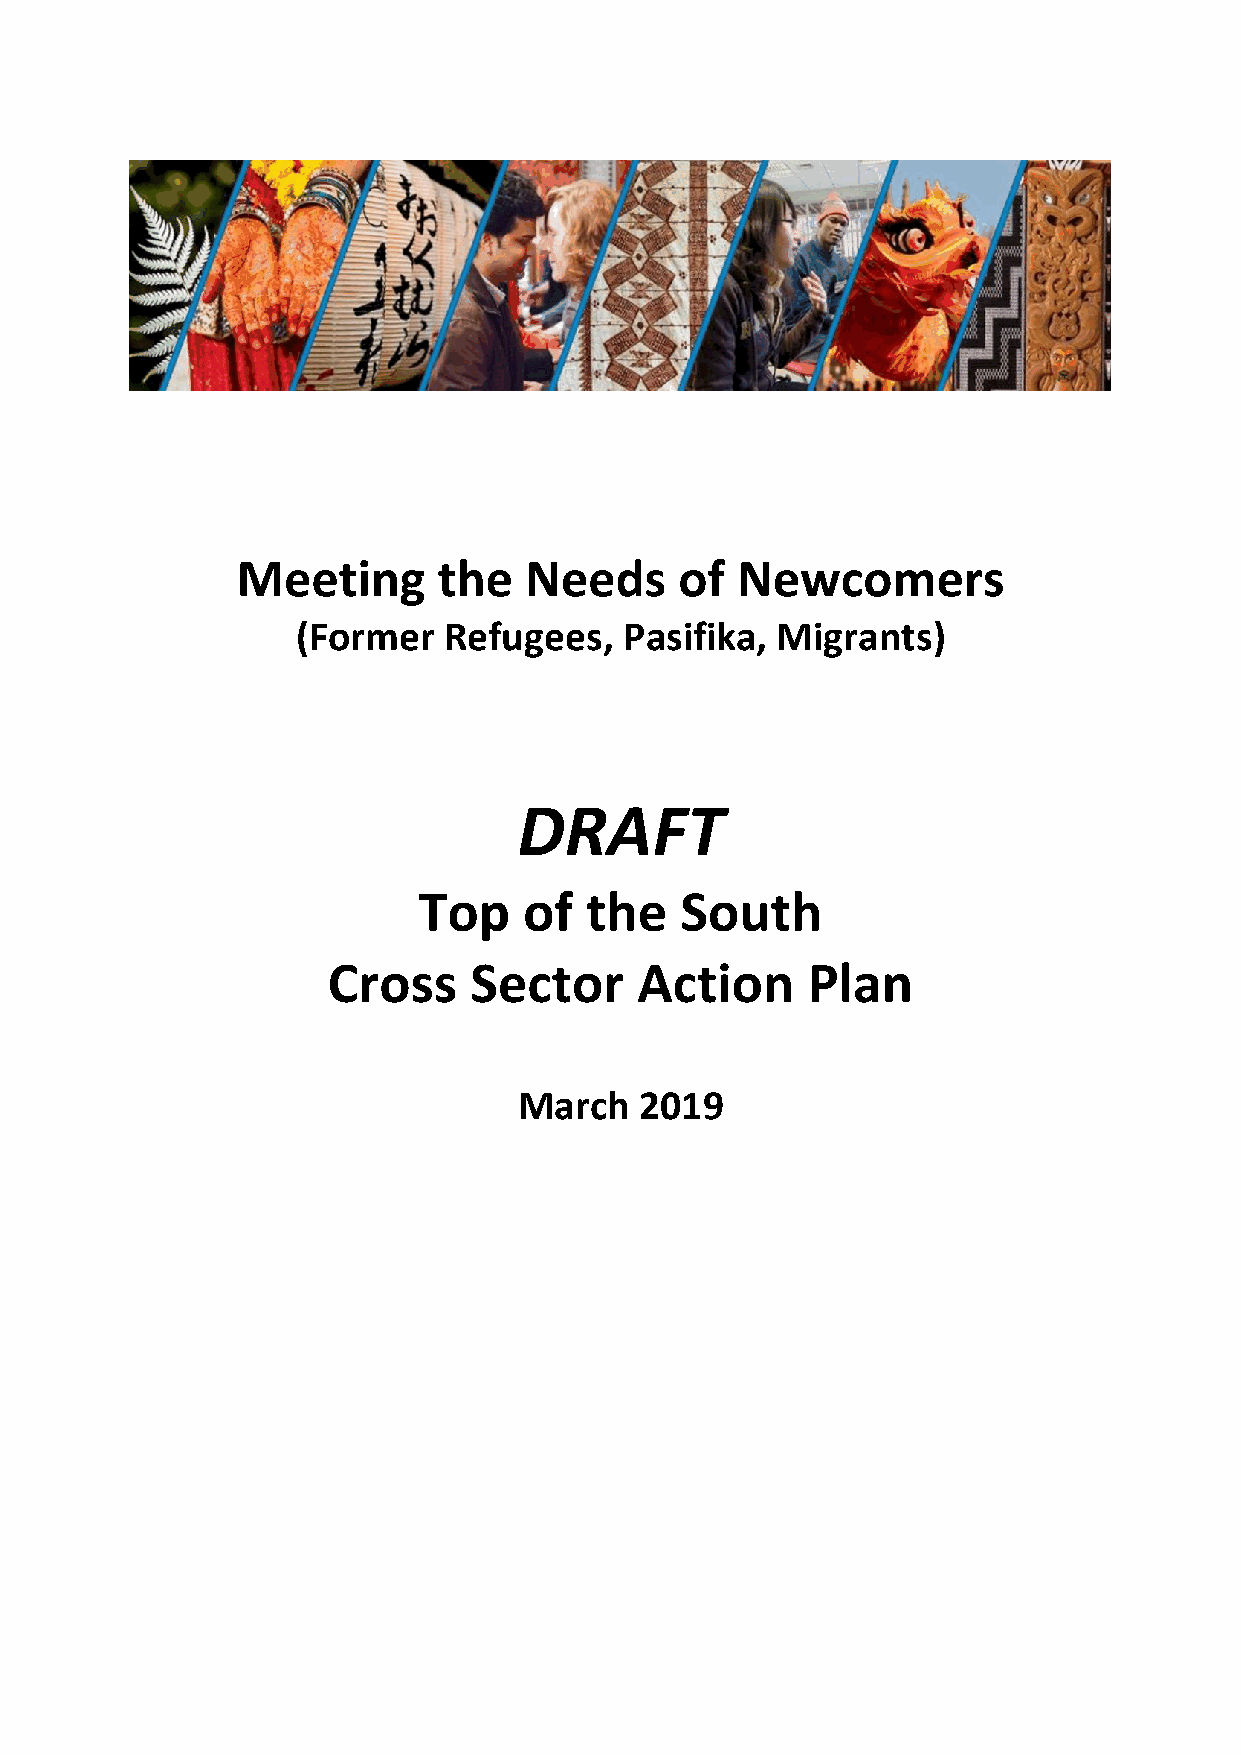
Meeting      the   Needs     of  Newcomers
 (Former  Refugees,   Pasifika, Migrants)
 DRAFT
 Top    of  the   South
 Cross    Sector     Action     Plan
 March   2019